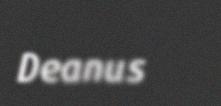
Deanus